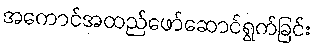
အကောင်အထည်ဖော်ဆောင်ရွက်ခြင်း